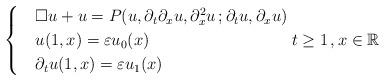
LaTeX: \begin{align*} \begin{cases}& \Box u + u = P(u, \partial_t\partial_xu, \partial^2_xu\,; \partial_tu,\partial_xu) \\& u(1,x)=\varepsilon u_0(x) \\& \partial_tu(1,x)=\varepsilon u_1(x)\end{cases} t\ge 1 \, , x \in \mathbb{R}\end{align*}